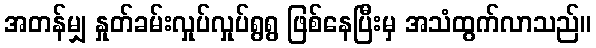
အတန်မျှ နှုတ်ခမ်းလှုပ်လှုပ်ရွရွ ဖြစ်နေပြီးမှ အသံထွက်လာသည်။